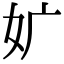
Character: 㚧